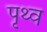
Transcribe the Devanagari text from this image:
पृथ्व